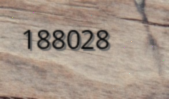
188028